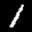
Label: 1